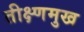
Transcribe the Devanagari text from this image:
तीक्ष्णमुख